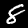
Digit: 8